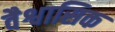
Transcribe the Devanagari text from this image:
वैश्वासिक